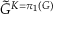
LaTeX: { \tilde { G } } ^ { K = \pi _ { 1 } ( G ) }